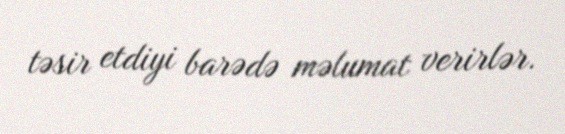
təsir etdiyi barədə məlumat verirlər.